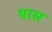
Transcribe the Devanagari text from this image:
थास